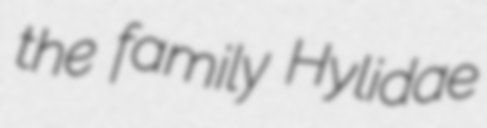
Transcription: the family Hylidae